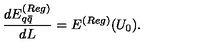
\frac { d E _ { q \bar { q } } ^ { ( R e g ) } } { d L } = E ^ { ( R e g ) } ( U _ { 0 } ) .